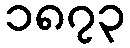
၁၈၇၃